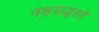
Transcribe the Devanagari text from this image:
नक्षत्राद्धरते